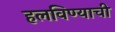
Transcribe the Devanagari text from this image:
हलविण्याची